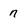
Character: n